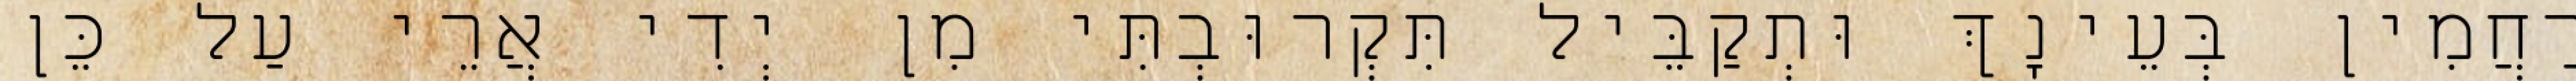
רַחֲמִין בְּעֵינָךְ וּתְקַבֵּיל תִּקְרוּבְתִּי מִן יְדִי אֲרֵי עַל כֵּן